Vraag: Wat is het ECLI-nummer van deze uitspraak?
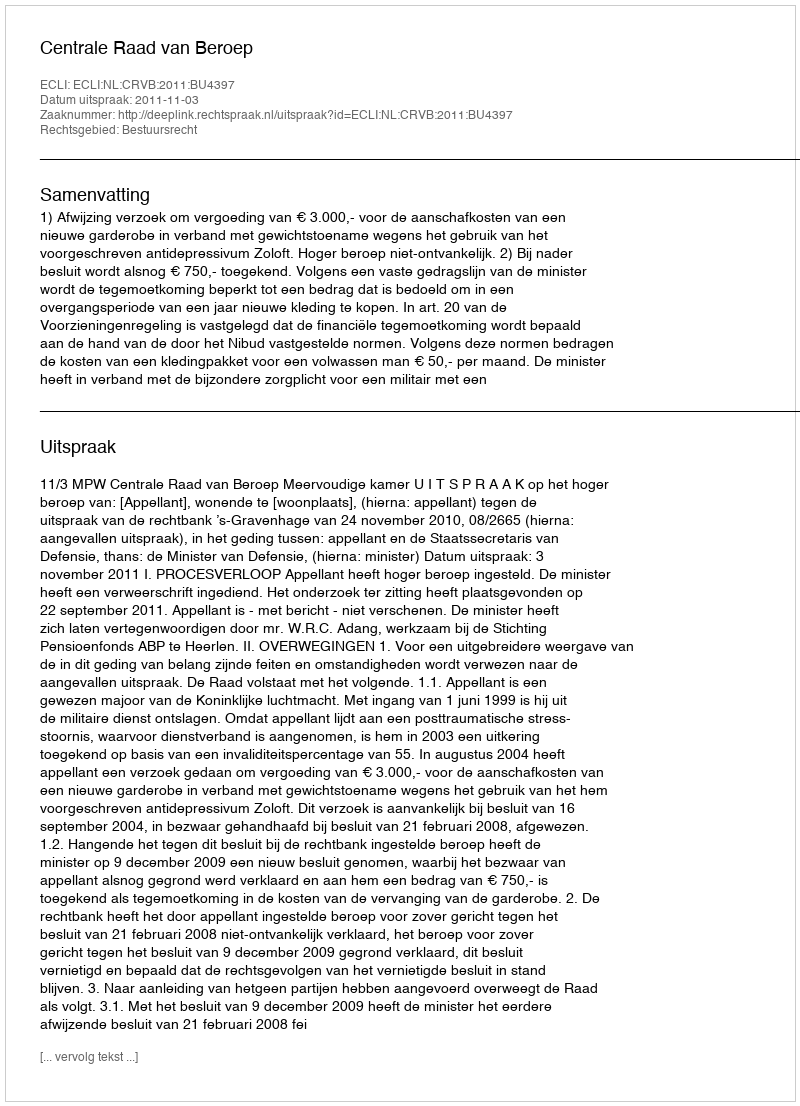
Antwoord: ECLI:NL:CRVB:2011:BU4397